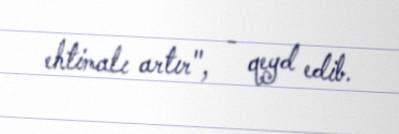
ehtimalı artır", - qeyd edib.